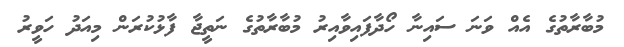
މުބާރާތުގެ އެއް ވަނަ ސައިނާ ހޯދާފައިވާއިރު މުބާރާތުގެ ނަތީޖާ ފާޅުކުރަން މިއަދު ހަވީރު